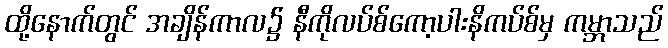
ထို့နောက်တွင် အချိန်ကာလ၌ နီကိုလပ်စ်ကော့ပါးနိကပ်စ်မှ ကမ္ဘာသည်